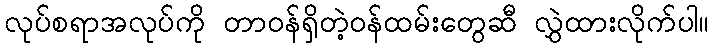
လုပ်စရာအလုပ်ကို တာဝန်ရှိတဲ့ဝန်ထမ်းတွေဆီ လွှဲထားလိုက်ပါ။